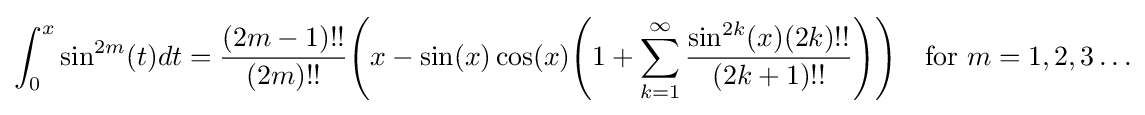
\int _{0}^{x}\sin ^{2m}(t)dt={\frac {(2m-1)!!}{(2m)!!}}{\Biggl (}x-\sin(x)\cos(x){\Biggl (}1+\sum _{k=1}^{\infty }{\frac {\sin ^{2k}(x)(2k)!!}{(2k+1)!!}}{\Biggr )}{\Biggr )}\quad {\text{for }}m=1,2,3\ldots